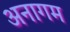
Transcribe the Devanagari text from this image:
अनागम